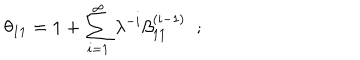
LaTeX: \theta _ { 1 1 } = 1 + \sum _ { i = 1 } ^ { \infty } \lambda ^ { - i } \beta _ { 1 1 } ^ { ( i - 1 ) } \; \; ; \; \;